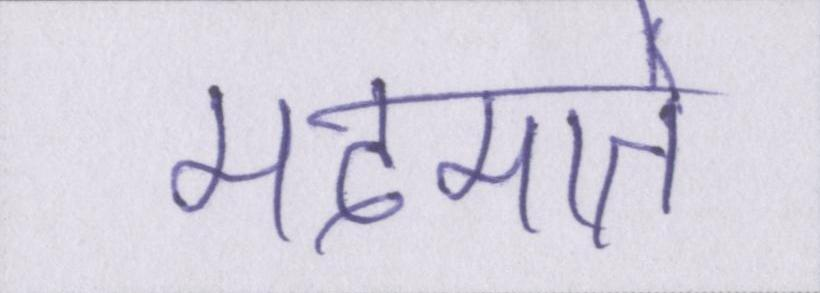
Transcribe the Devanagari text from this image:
मदमाते